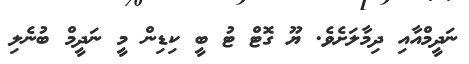
ނަދީމްއާއި ދިމާލަށެވެ. ޔޫ ގޮޓް ޓު ބީ ކިޑިން މީ ނަދީމް ބުނެލި